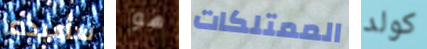
سأعيده هو الممتلكات كولد